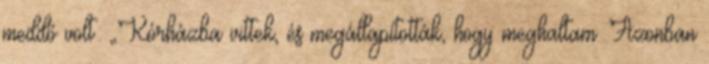
meddő volt: „Kórházba vittek, és megállapították, hogy meghaltam. Azonban